Report on the working of the Ranchi Indian Mental Hospital, Kanke, in Bihar and Orissa - 1930-1940
Year: 1930
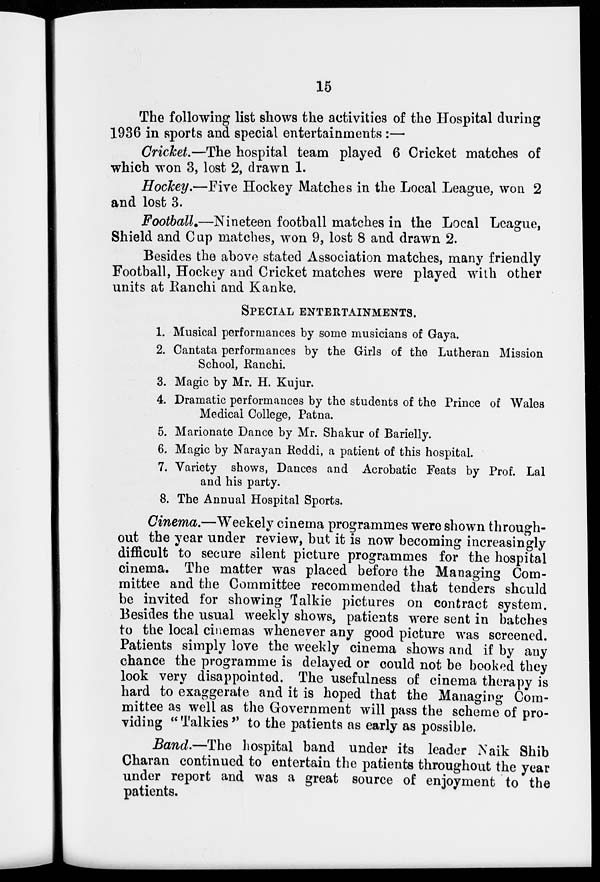
15
The following list shows the activities of the Hospital during
1936 in sports and special entertainments:—
Cricket.—The hospital team played 6 Cricket matches of
which won 3, lost 2, drawn 1.
Hockey.—Five Hockey Matches in the Local League, won 2
and lost 3.
Football.—Nineteen football matches in the Local League,
Shield and Cup matches, won 9, lost 8 and drawn 2.
Besides the above stated Association matches, many friendly
Football, Hockey and Cricket matches were played with other
units at Ranchi and Kanke.
SPECIAL ENTERTAINMENTS.
1. Musical performances by some musicians of Gaya.
2. Cantata performances by the Girls of the Lutheran Mission
School, Ranchi.
3. Magic by Mr. H. Kujur.
4. Dramatic performances by the students of the Prince of Wales
Medical College, Patna.
5. Marionate Dance by Mr. Shakur of Barielly.
6. Magic by Narayan Reddi, a patient of this hospital.
7. Variety shows, Dances and Acrobatic Feats by Prof. Lal
and his party.
8. The Annual Hospital Sports.
Cinema.—Weekely cinema programmes were shown through-
out the year under review, but it is now becoming increasingly
difficult to secure silent picture programmes for the hospital
cinema. The matter was placed before the Managing Com-
mittee and the Committee recommended that tenders should
be invited for showing Talkie pictures on contract system.
Besides the usual weekly shows, patients were sent in batches
to the local cinemas whenever any good picture was screened.
Patients simply love the weekly cinema shows and if by any
chance the programme is delayed or could not be booked they
look very disappointed. The usefulness of cinema therapy is
hard to exaggerate and it is hoped that the Managing Com-
mittee as well as the Government will pass the scheme of pro-
viding " Talkies'' to the patients as early as possible.
Band.—The hospital band under its leader Naik Shib
Charan continued to entertain the patients throughout the year
under report and was a great source of enjoyment to the
patients.